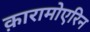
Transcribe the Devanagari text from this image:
क़ारामोएरिन